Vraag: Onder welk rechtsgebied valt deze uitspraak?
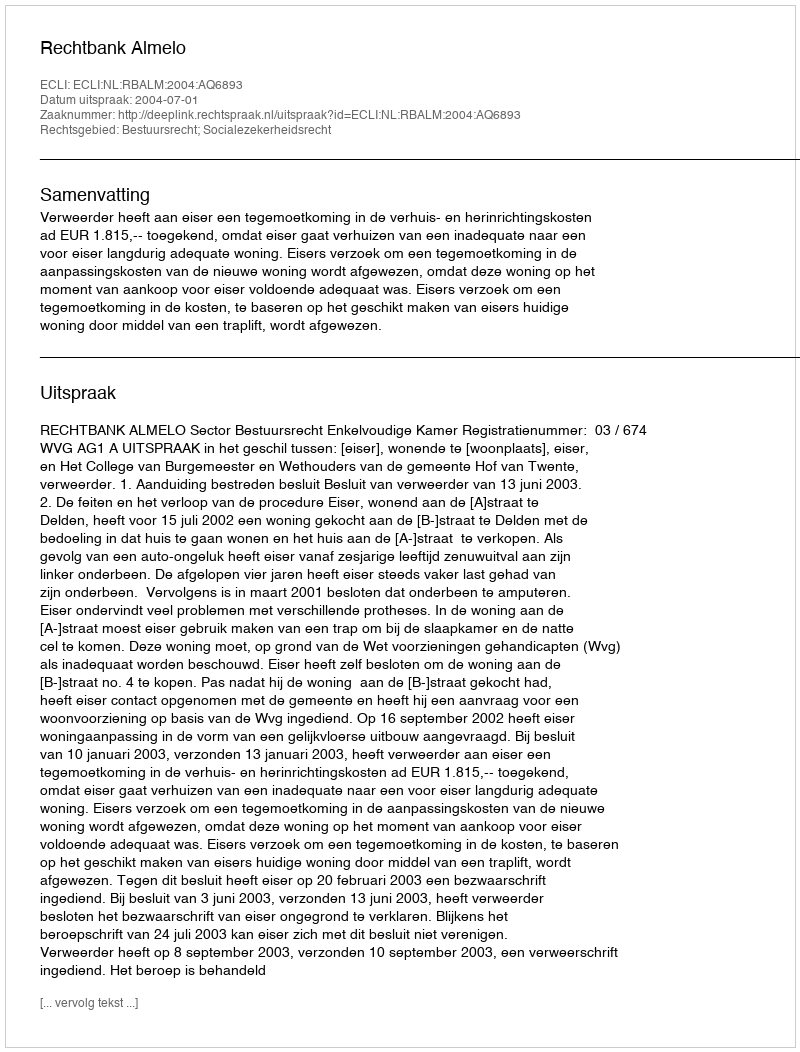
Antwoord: Bestuursrecht; Socialezekerheidsrecht